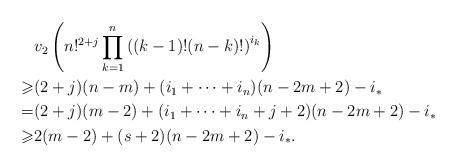
LaTeX: \begin{align*}&v_2\left( n!^{2+j} \prod_{k=1}^{n} \left((k-1)!(n-k)!\right)^{i_k}\right) \\\geqslant& (2+j)(n-m) + (i_1+\cdots+i_n)(n-2m+2) - i_{*} \\=& (2+j)(m-2) + (i_1+\cdots+i_n+j+2)(n-2m+2)-i_{*} \\\geqslant& 2(m-2) + (s+2)(n-2m+2) - i_{*}.\end{align*}